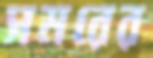
সমরের